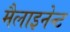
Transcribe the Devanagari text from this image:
मैलाइनेन्ट